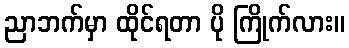
ညာဘက်မှာ ထိုင်ရတာ ပို ကြိုက်လား။